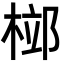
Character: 𣓱